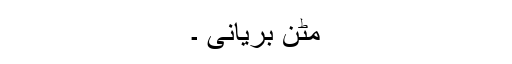
مٹن بریانی ۔